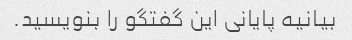
بیانیه پایانی این گفتگو را بنویسید.